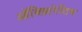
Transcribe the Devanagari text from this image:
ऑब्लिटरेटिव